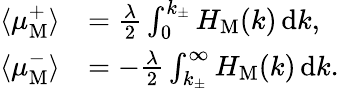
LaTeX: \begin{array}{rl}{\langle\mu_{\mathrm{M}}^{+}\rangle}&{=\frac{\lambda}{2}\int_{0}^{k_{\pm}}H_{\mathrm{M}}(k)\, \mathrm{d}k,}\\ {\langle\mu_{\mathrm{M}}^{-}\rangle}&{=-\frac{\lambda}{2}\int_{k_{\pm}}^{\infty}H_{\mathrm{M}}(k)\, \mathrm{d}k.}\end{array}